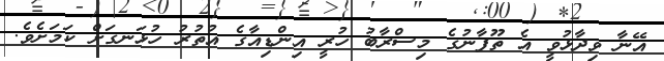
އޭނާ ވިދާޅުވީ އެ ތޫފާނުގެ މިސްރާބު ހުރީ އިންޑިއާގެ އުތުރު ހުޅަނގަށް ކަމަށެވެ.